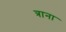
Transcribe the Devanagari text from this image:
त्राना